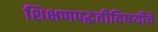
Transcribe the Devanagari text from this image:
शिक्षणपद्धतीविषयीचे